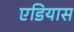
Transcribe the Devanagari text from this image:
एडियास